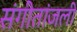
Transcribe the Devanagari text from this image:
संगीतांजली